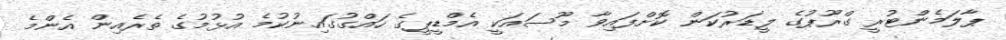
ޕާލަމެންޓުރީ ގްރޫޕުގެ ލީޑަރުކަން ކޮށްފައިވާ މޫސައަކީ އެމްޑީޕީގެ ހައްގުގައިނުކުމެ އުޅުމުގެ ތެރެއިން އެންމެ